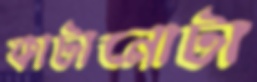
কাটানোটা